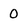
Character: 0